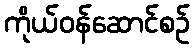
ကိုယ်ဝန်ဆောင်စဉ်